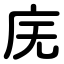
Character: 庑